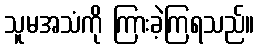
သူမအသံကို ကြားခဲ့ကြရသည်။